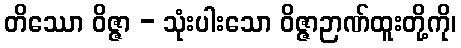
တိဿော ဝိဇ္ဇာ - သုံးပါးသော ဝိဇ္ဇာဉာဏ်ထူးတို့ကို၊